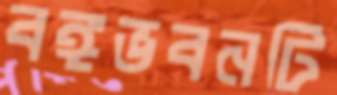
বঙ্গভবনটি